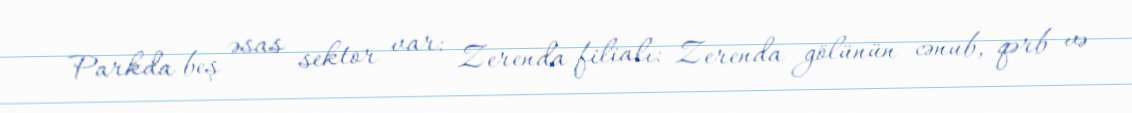
Parkda beş əsas sektor var: Zerenda filialı: Zerenda gölünün cənub, qərb və